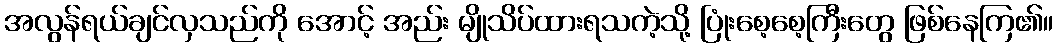
အလွန်ရယ်ချင်လှသည်ကို အောင့် အည်း မျိုသိပ်ထားရသကဲ့သို့ ပြုံးစေ့စေ့ကြီးတွေ ဖြစ်နေကြ၏။